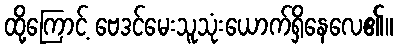
ထို့ကြောင့် ဗေဒင်မေးသူသုံးယောက်ရှိနေလေ၏။